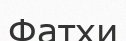
Фатхи